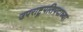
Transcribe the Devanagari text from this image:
उपराष्ट्रपतिपदाच्या